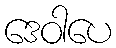
ဒေဝါပေ